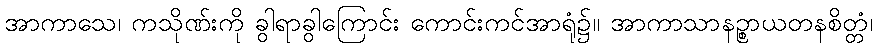
အာကာသေ၊ ကသိုဏ်းကို ခွါရာခွါကြောင်း ကောင်းကင်အာရုံ၌။ အာကာသာနဉ္စာယတနစိတ္တံ၊